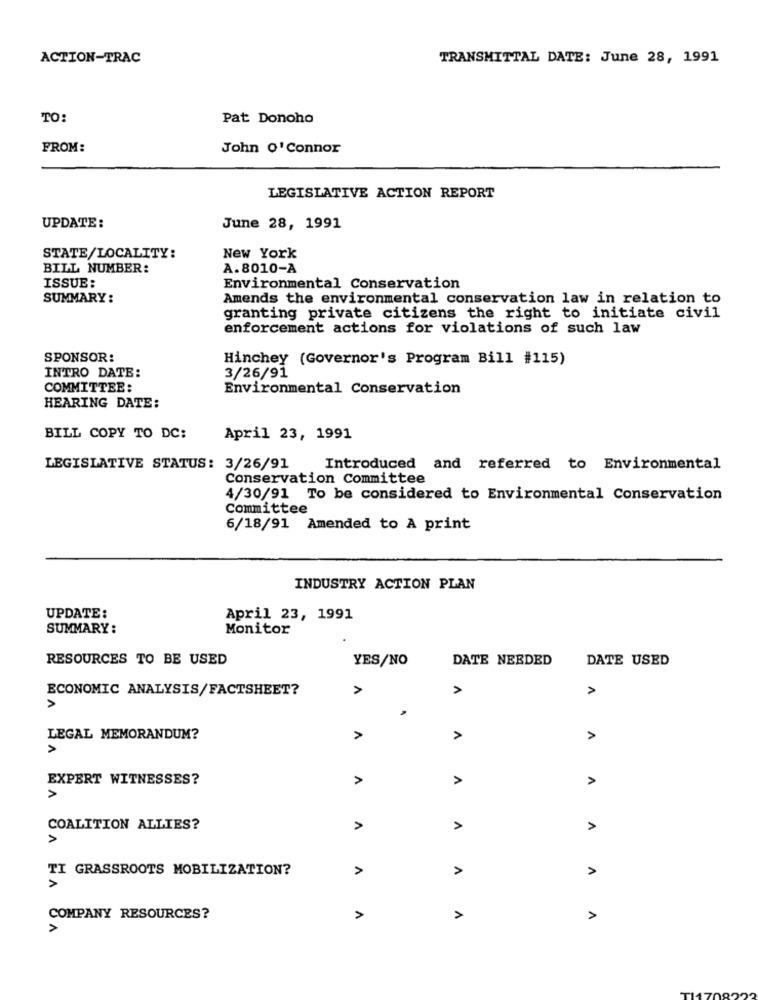
ACTION-TRAC
TRANSMITTAL DATE: June 28, 1991
TO:
Pat Donoho
FROM:
John O'Connor
LEGISLATIVE ACTION REPORT
UPDATE:
June 28, 1991
STATE/LOCALITY:
New York
BILL NUMBER:
A.8010-A
ISSUE:
Environmental Conservation
SUMMARY:
Amends the environmental conservation law in relation to
granting private citizens the right to initiate civil
enforcement actions for violations of such law
SPONSOR:
Hinchey (Governor's Program Bill #115)
INTRO DATE:
3/26/91
COMMITTEE:
Environmental Conservation
HEARING DATE:
BILL COPY TO DC:
April 23, 1991
LEGISLATIVE STATUS: 3/26/91
Introduced and referred to Environmental
Conservation Committee
4/30/91 To be considered to Environmental Conservation
Committee
6/18/91 Amended to A print
INDUSTRY ACTION PLAN
UPDATE:
April 23, 1991
SUMMARY :
Monitor
RESOURCES TO BE USED
YES/NO
DATE NEEDED
DATE USED
ECONOMIC ANALYSIS/FACTSHEET?
A
A
A
A
LEGAL MEMORANDUM?
>
A
EXPERT WITNESSES?
A
A
COALITION ALLIES?
A
A
A
TI GRASSROOTS MOBILIZATION?
>
A
A
COMPANY RESOURCES?
A
>